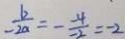
- \frac { b } { 2 a } = - \frac { - 4 } { - 2 } = - 2